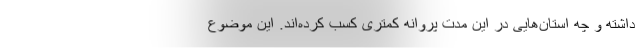
داشته و چه استان‌هایی در این مدت پروانه کمتری کسب کرده‌اند. این موضوع